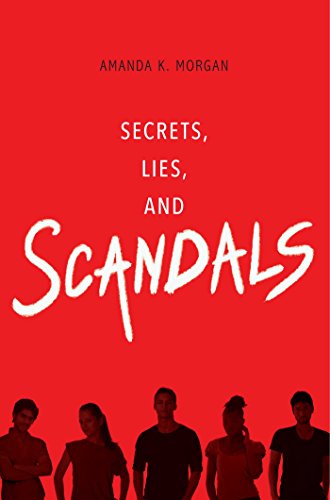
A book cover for Secrets, Lies, and Scandals; Amanda K. Morgan; Teen & Young Adult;